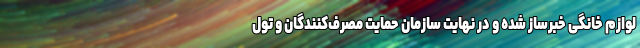
لوازم خانگی خبرساز شده و در نهایت سازمان حمایت مصرف‌کنندگان و تول